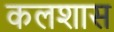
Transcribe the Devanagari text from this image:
कलशास